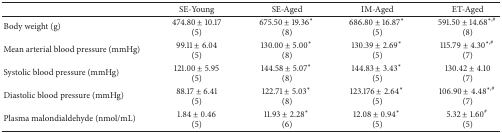
|  | SE-Young | SE-Aged | IM-Aged | ET-Aged |
 | --- | --- | --- | --- | --- |
 | Body weight (g) | 474.80 ± 10.17 (5) | 675.50 ± 19.36* (8) | 686.80 ± 16.87* (5) | 591.50 ± 14.68∗,# (8) |
 | Mean arterial blood pressure (mmHg) | 99.11 ± 6.04 (5) | 130.00 ± 5.00* (8) | 130.39 ± 2.69* (5) | 115.79 ± 4.30∗,# (7) |
 | Systolic blood pressure (mmHg) | 121.00 ± 5.95 (5) | 144.58 ± 5.07* (8) | 144.83 ± 3.43* (5) | 130.42 ± 4.10 (7) |
 | Diastolic blood pressure (mmHg) | 88.17 ± 6.41 (5) | 122.71 ± 5.03* (8) | 123.176 ± 2.64* (5) | 106.90 ± 4.48∗,# (7) |
 | Plasma malondialdehyde (nmol/mL) | 1.84 ± 0.46 (5) | 11.93 ± 2.28* (6) | 12.08 ± 0.94* (5) | 5.32 ± 1.60# (5) |